255_413270_UFO's_and_Defense_What_Should_we_Prepare_For
Agency: NASA
Page 54
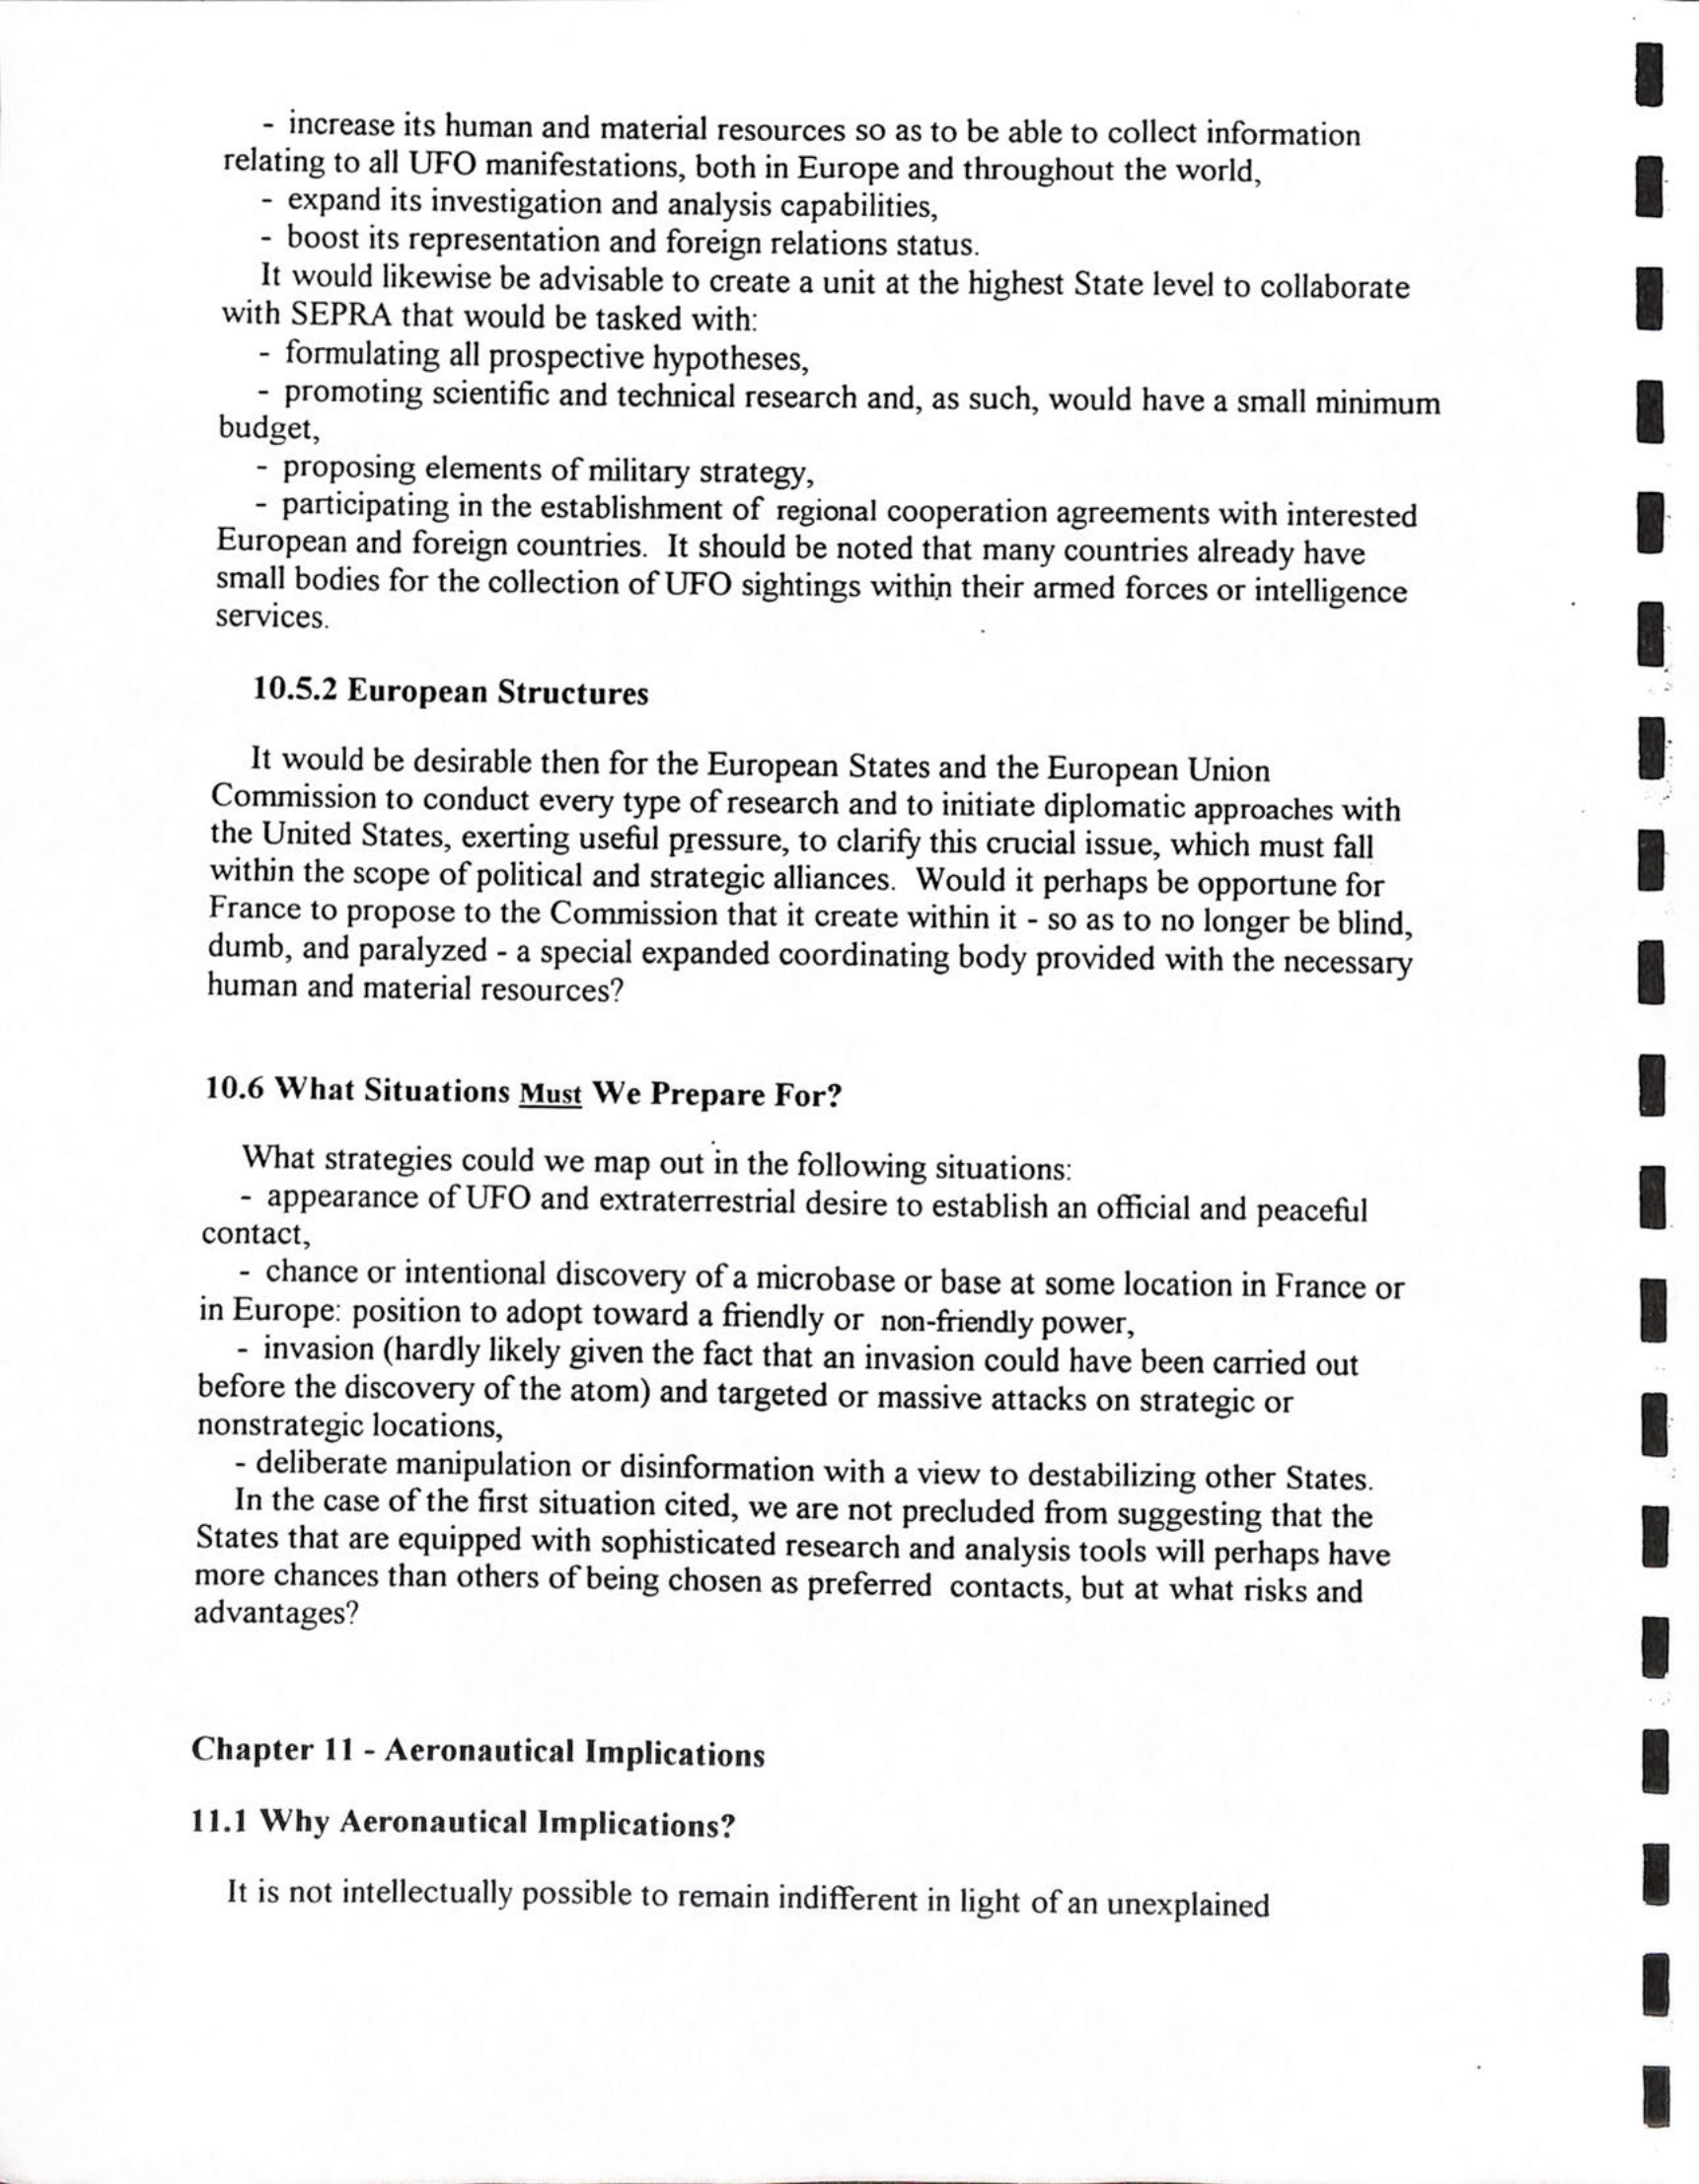